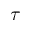
\tau